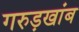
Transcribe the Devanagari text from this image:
गरुड़खांब